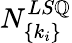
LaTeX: N_{\{ k_{i}\} }^{LS\mathbb{Q}}